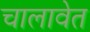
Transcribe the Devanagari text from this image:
चालावेत